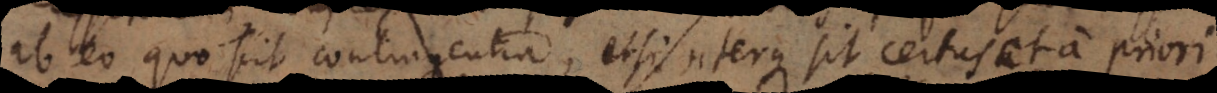
a, eo quo scit contingentia, etsi uterque sit certus et a priori.